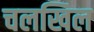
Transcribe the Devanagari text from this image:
चलखिल